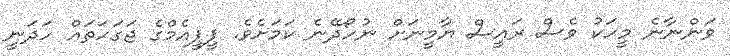
ވަންނާނެ މީހަކު ވެސް ރައީސް ޔާމީނަށް ނުހޯދޭނެ ކަމަށެވެ. ޕީޕީއެމްގެ ޖަގަހަތައް ހަދަނީ